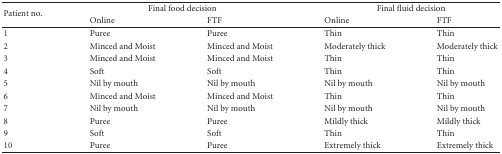
<table><thead><tr><td rowspan="2"><b>Patient no.</b></td><td colspan="2"><b>Final food decision</b></td><td colspan="2"><b>Final fluid decision</b></td></tr><tr><td><b>Online</b></td><td><b>FTF</b></td><td><b>Online</b></td><td><b>FTF</b></td></tr></thead><tbody><tr><td>1</td><td>Puree</td><td>Puree</td><td>Thin</td><td>Thin</td></tr><tr><td>2</td><td>Minced and Moist</td><td>Minced and Moist</td><td>Moderately thick</td><td>Moderately thick</td></tr><tr><td>3</td><td>Minced and Moist</td><td>Minced and Moist</td><td>Thin</td><td>Thin</td></tr><tr><td>4</td><td>Soft</td><td>Soft</td><td>Thin</td><td>Thin</td></tr><tr><td>5</td><td>Nil by mouth</td><td>Nil by mouth</td><td>Nil by mouth</td><td>Nil by mouth</td></tr><tr><td>6</td><td>Minced and Moist</td><td>Minced and Moist</td><td>Thin</td><td>Thin</td></tr><tr><td>7</td><td>Nil by mouth</td><td>Nil by mouth</td><td>Nil by mouth</td><td>Nil by mouth</td></tr><tr><td>8</td><td>Puree</td><td>Puree</td><td>Mildly thick</td><td>Mildly thick</td></tr><tr><td>9</td><td>Soft</td><td>Soft</td><td>Thin</td><td>Thin</td></tr><tr><td>10</td><td>Puree</td><td>Puree</td><td>Extremely thick</td><td>Extremely thick</td></tr></tbody></table>